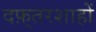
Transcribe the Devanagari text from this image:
दफ़्तरशाहों